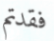
فقدتم